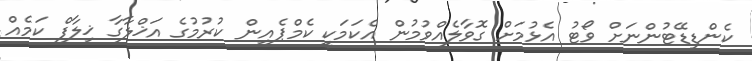
ކެންޑިޑޭޓުންނަށް ވޯޓު އެޅުމަށް ގޮވާލެއްވުމުން އެކަމަކީ ކެމްޕެއިން ކުރުމުގެ އަޚްލާގާ ޚިލާފް ކަމެއް